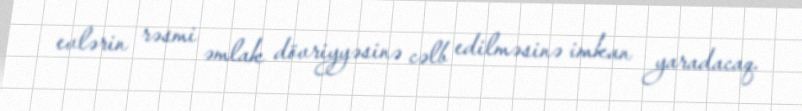
evlərin rəsmi əmlak dövriyyəsinə cəlb edilməsinə imkan yaradacaq.